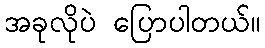
အခုလိုပဲ ပြောပါတယ်။